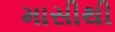
માસીથી